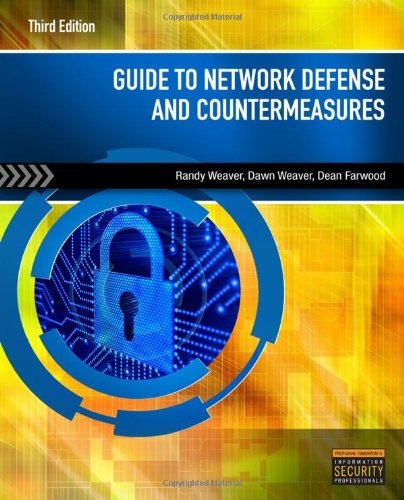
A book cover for Guide to Network Defense and Countermeasures; Randy Weaver; Computers & Technology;